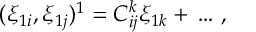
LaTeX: ( \xi _ { 1 i } , \xi _ { 1 j } ) ^ { 1 } = C _ { i j } ^ { k } \xi _ { 1 k } + \, \ldots \, ,